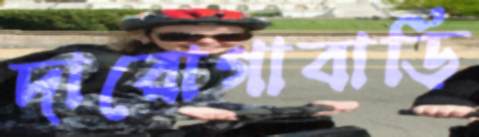
দারোগাবাড়ি